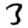
Digit: 3